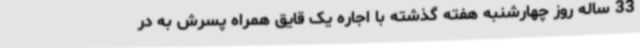
33 ساله روز چهارشنبه هفته گذشته با اجاره یک قایق همراه پسرش به در